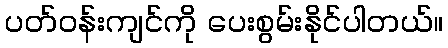
ပတ်ဝန်းကျင်ကို ပေးစွမ်းနိုင်ပါတယ်။